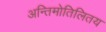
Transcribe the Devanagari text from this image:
अन्तिमोतिलितय